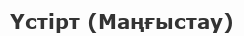
Үстірт (Маңғыстау)